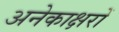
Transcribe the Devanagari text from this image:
अनेकाक्षरों